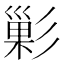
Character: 𭛘